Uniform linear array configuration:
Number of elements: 24
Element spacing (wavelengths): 0.75
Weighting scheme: exponential
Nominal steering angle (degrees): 60
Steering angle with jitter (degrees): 59.986
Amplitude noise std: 0.05
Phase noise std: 0.05

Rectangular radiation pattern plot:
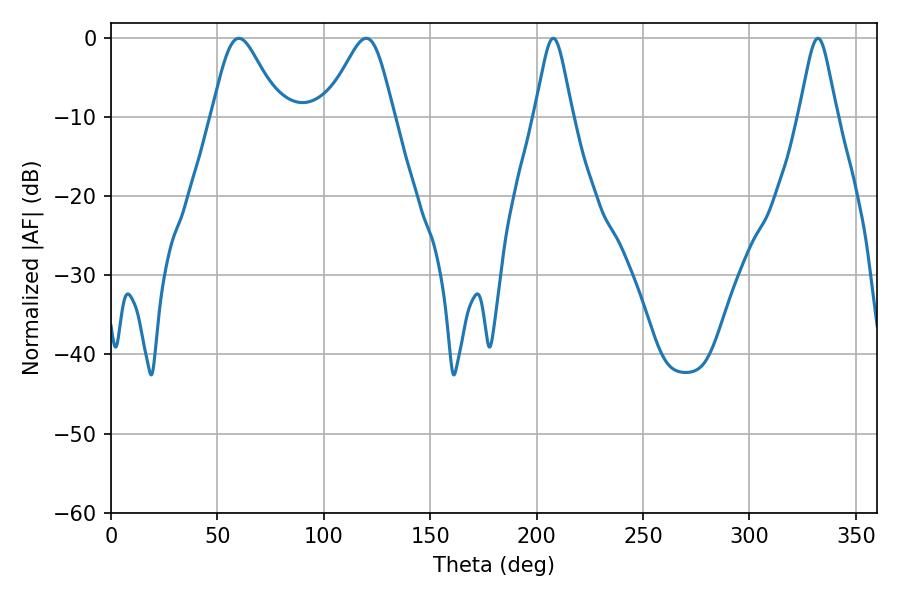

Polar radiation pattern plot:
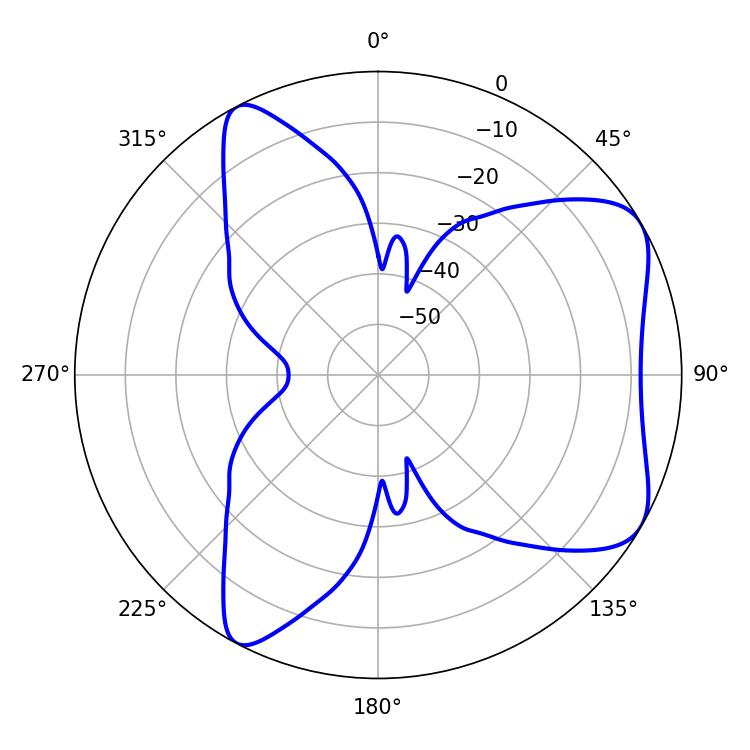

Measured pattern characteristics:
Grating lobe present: TRUE
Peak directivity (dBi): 6.52
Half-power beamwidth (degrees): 15.84
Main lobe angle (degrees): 60.12